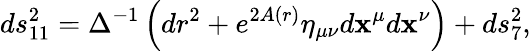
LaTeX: ds_{11}^{2}=\Delta^{-1}\left(dr^{2}+e^{2A(r)}\eta_{\mu\nu}d\mathbf{x}^{\mu}d\mathbf{x}^{\nu}\right)+ds_{7}^{2},